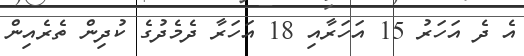
އެ ދެ އަހަރު 15 އަހަރާއި 18 އަހަރާ ދެމެދުގެ ކުދިން ތެރެއިން